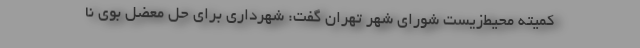
کمیته محیط‌زیست شورای شهر تهران گفت:‌ شهرداری برای حل معضل بوی نا